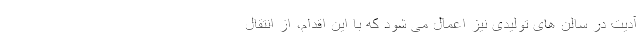
آدیت در سالن های تولیدی نیز اعمال می شود که با این اقدام، از انتقال